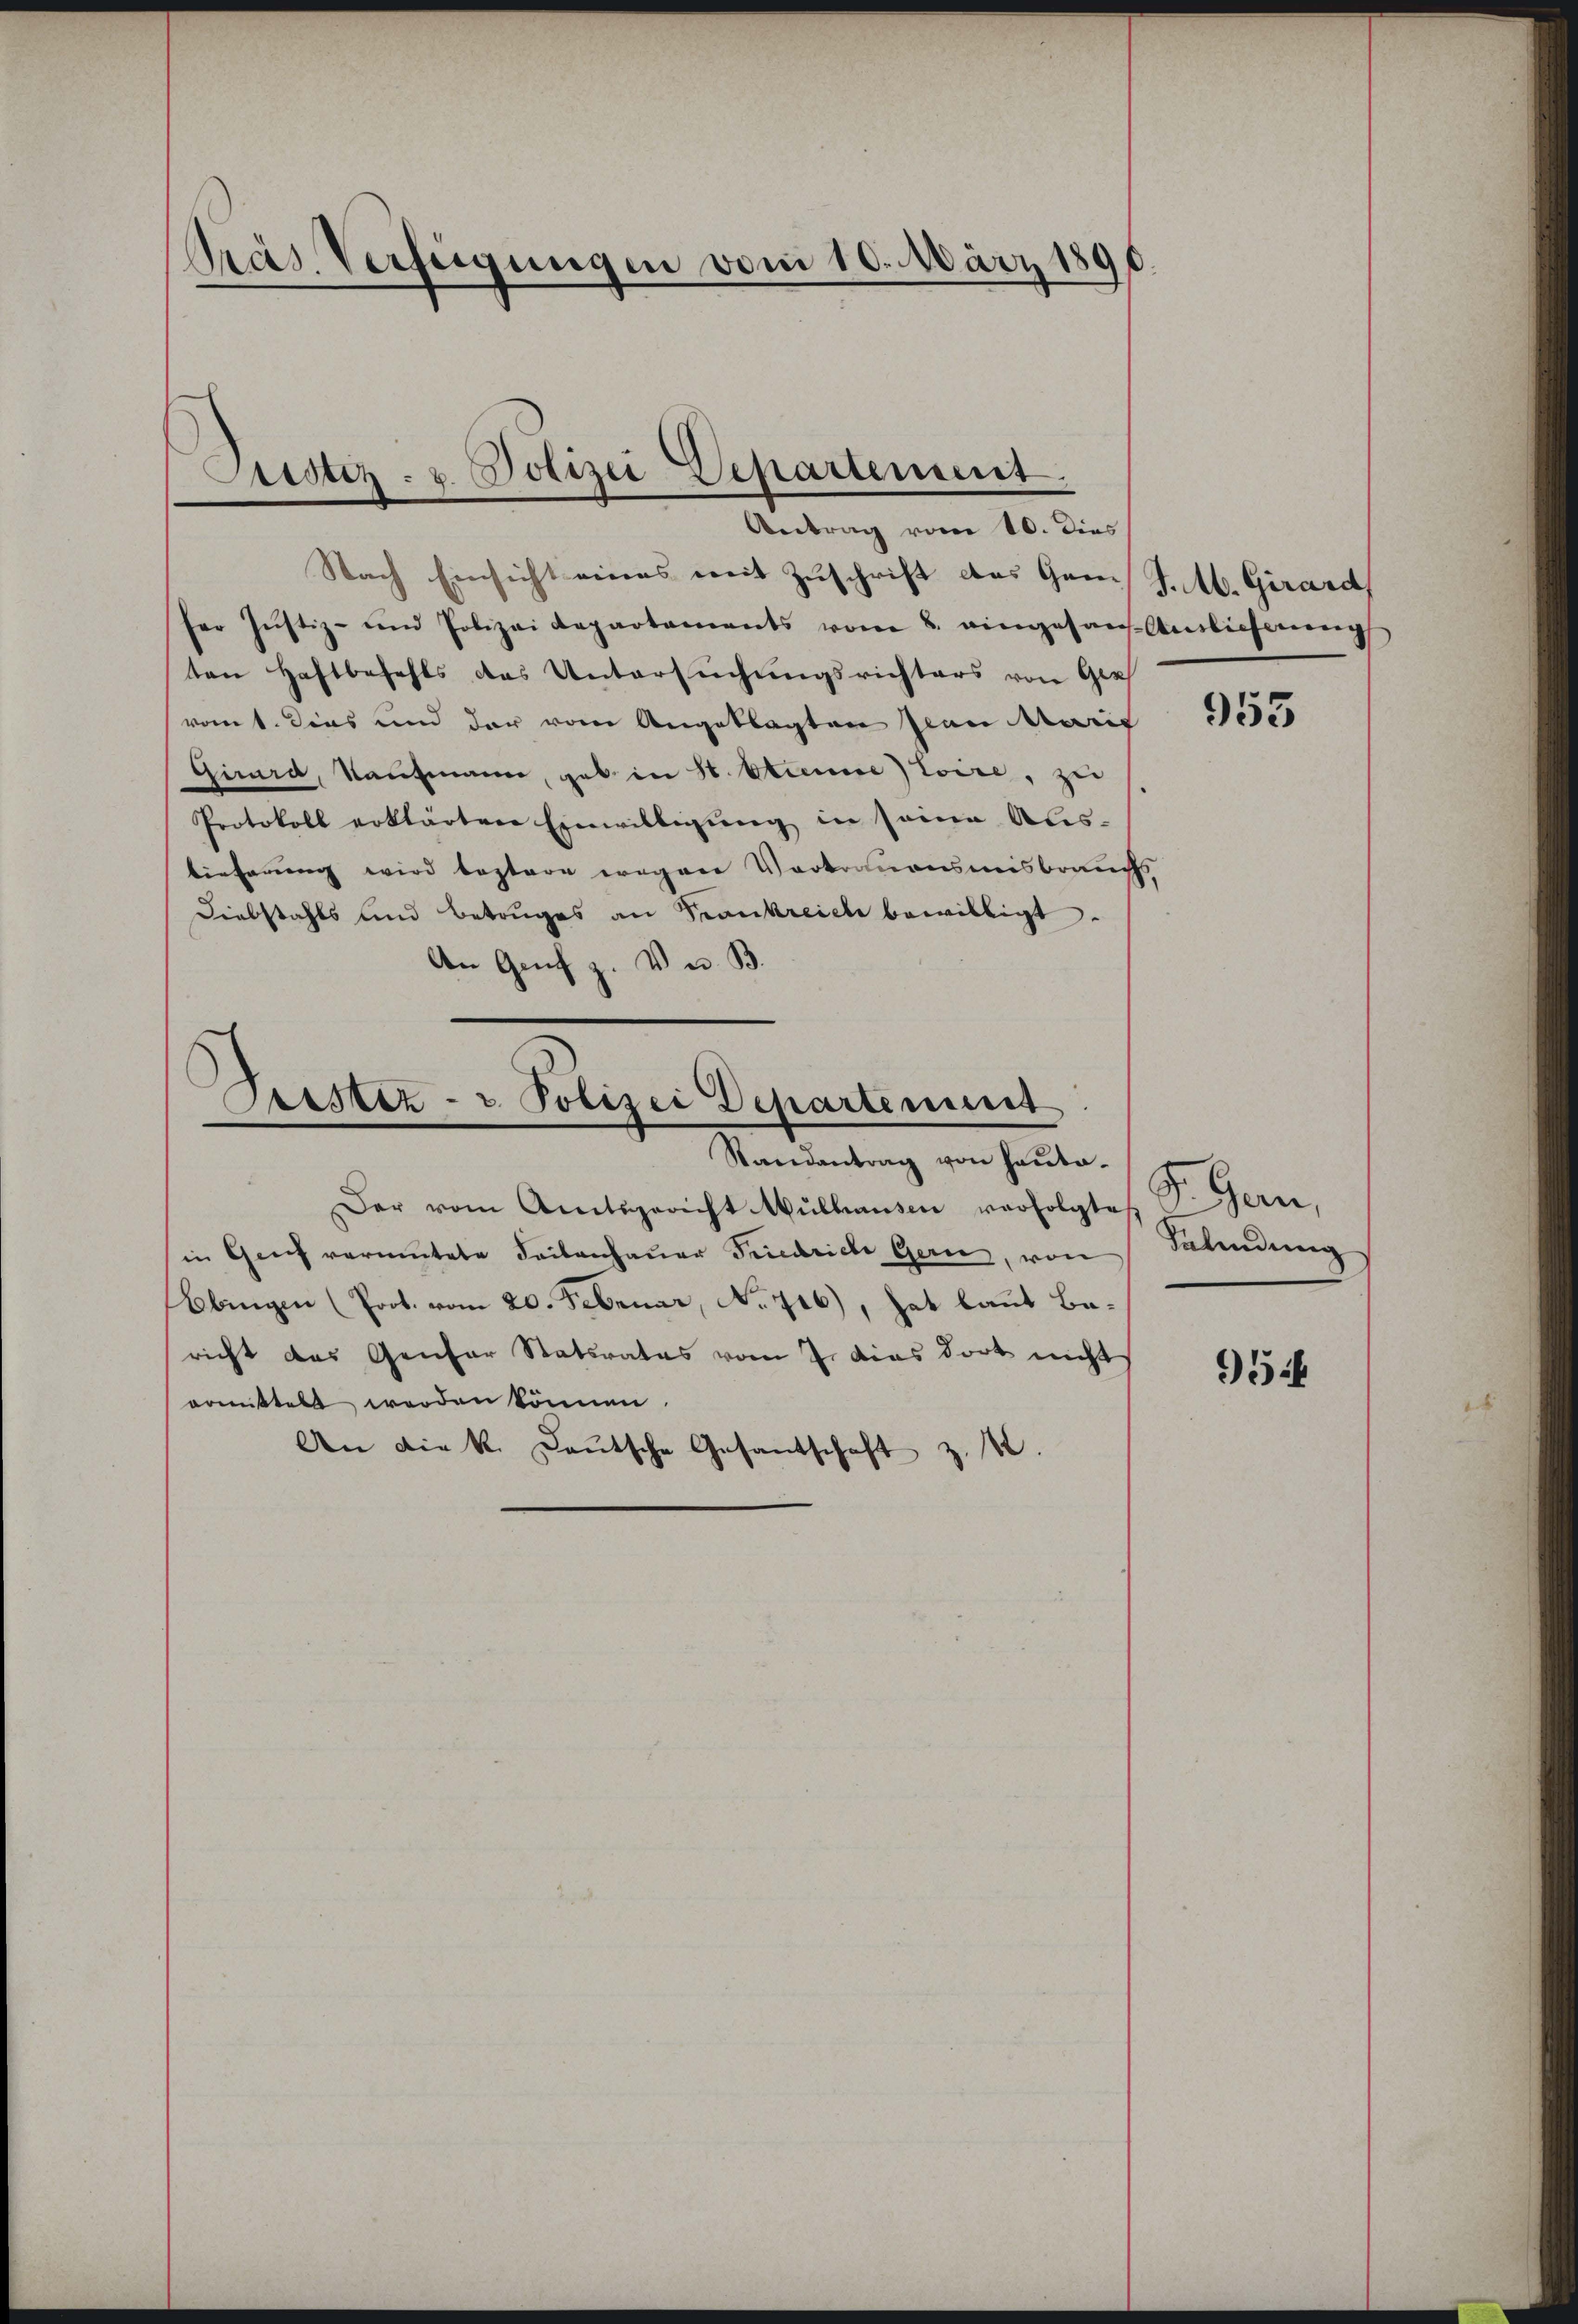
Pras Verfügungen vom 10. März 1890

Justiz- & Polizei Departement,
Antrag vom 10. dies

Nach Einsicht eines mit Zuschrift das Gams J. M. Girard,
fer Justiz- und Polizei Departements vom 8. eingesammtlicherung
ten Haftbefehls das Untersuchungsrichters von Ger
vomt. Dies und der vom Angeklagten sian Marie
Girard, Kaufmann, gab in 8 Stimme toire, zei
Protokoll erklärten Einwilligŭng in seine Aus-
tieferung wird bestere wegen Vortrauensmisbrauch,
Diebstahls und Betruges an Krankreiche bewilligt.
An Genf z. Ven. B.

Oestez- u. Polizei Departeniret
Randantrag von Hauta¬

Der vom Amtsgericht Mülhausen verfolgtes P. Gern,
in Genf vermutete Seitenhauer Friedriche Gern, von
Bbingen (Prot. vom 20. Februar, No. 716), hat laut Bericht das Genfer Statsrates vom 7. dies dort nicht
ormittels werden können.
An die k. Laŭtsche Gesantschaft z. B.

953

Selindung

95